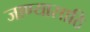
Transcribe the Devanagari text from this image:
जाण्यासाठि